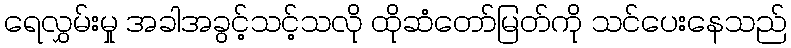
ရေလွှမ်းမှု အခါအခွင့်သင့်သလို ထိုဆံတော်မြတ်ကို သင်ပေးနေသည်